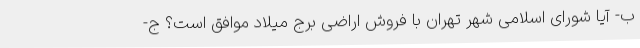
ب- آیا شورای اسلامی شهر تهران با فروش اراضی برج میلاد موافق است؟ ج-